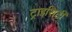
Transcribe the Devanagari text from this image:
ट्राइसिटी